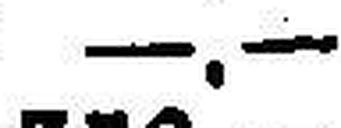
—.—